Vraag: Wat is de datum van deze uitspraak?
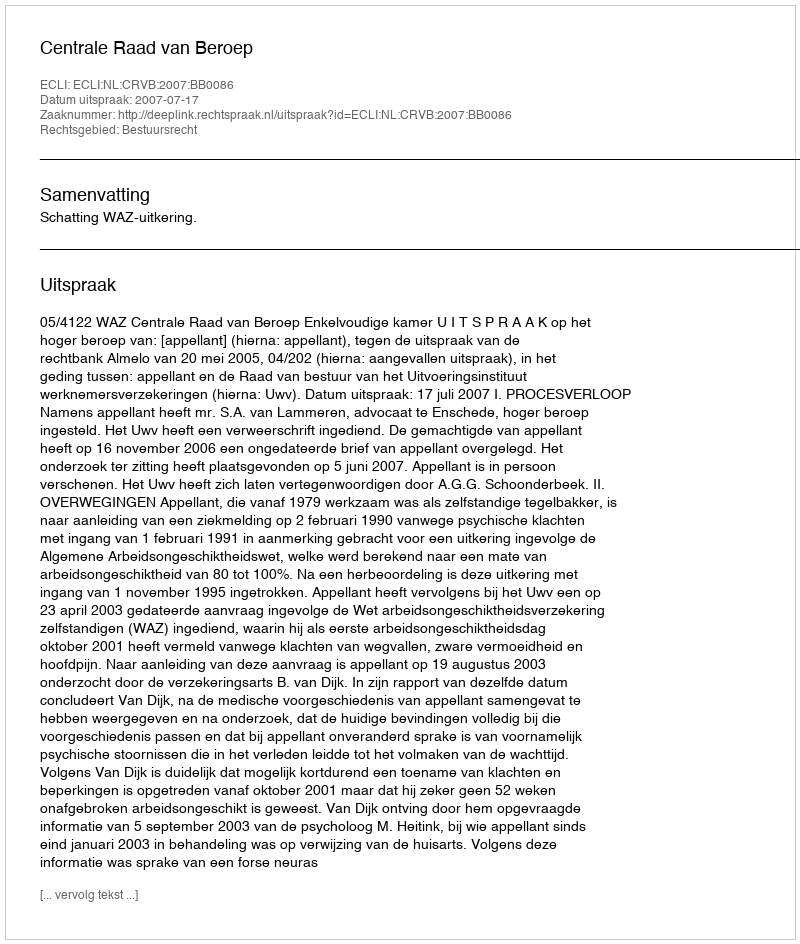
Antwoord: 2007-07-17